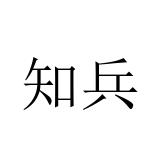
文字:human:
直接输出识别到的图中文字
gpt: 知兵